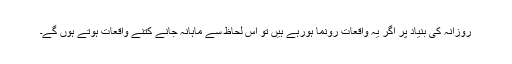
روزانہ کی بنیاد پر اگر یہ واقعات رونما ہورہے ہیں تو اس لحاظ سے ماہانہ جانے کتنے واقعات ہوتے ہوں گے۔